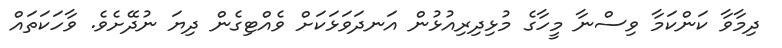
ދިމާވާ ކަންކަމާ ވިސްނާ މީހާގެ މުޅިދިރިއުޅުން އަނދަވަޅަކަށް ވެއްޓިގެން ދިޔަ ނުދޭށެވެ. ވާހަކަތައް